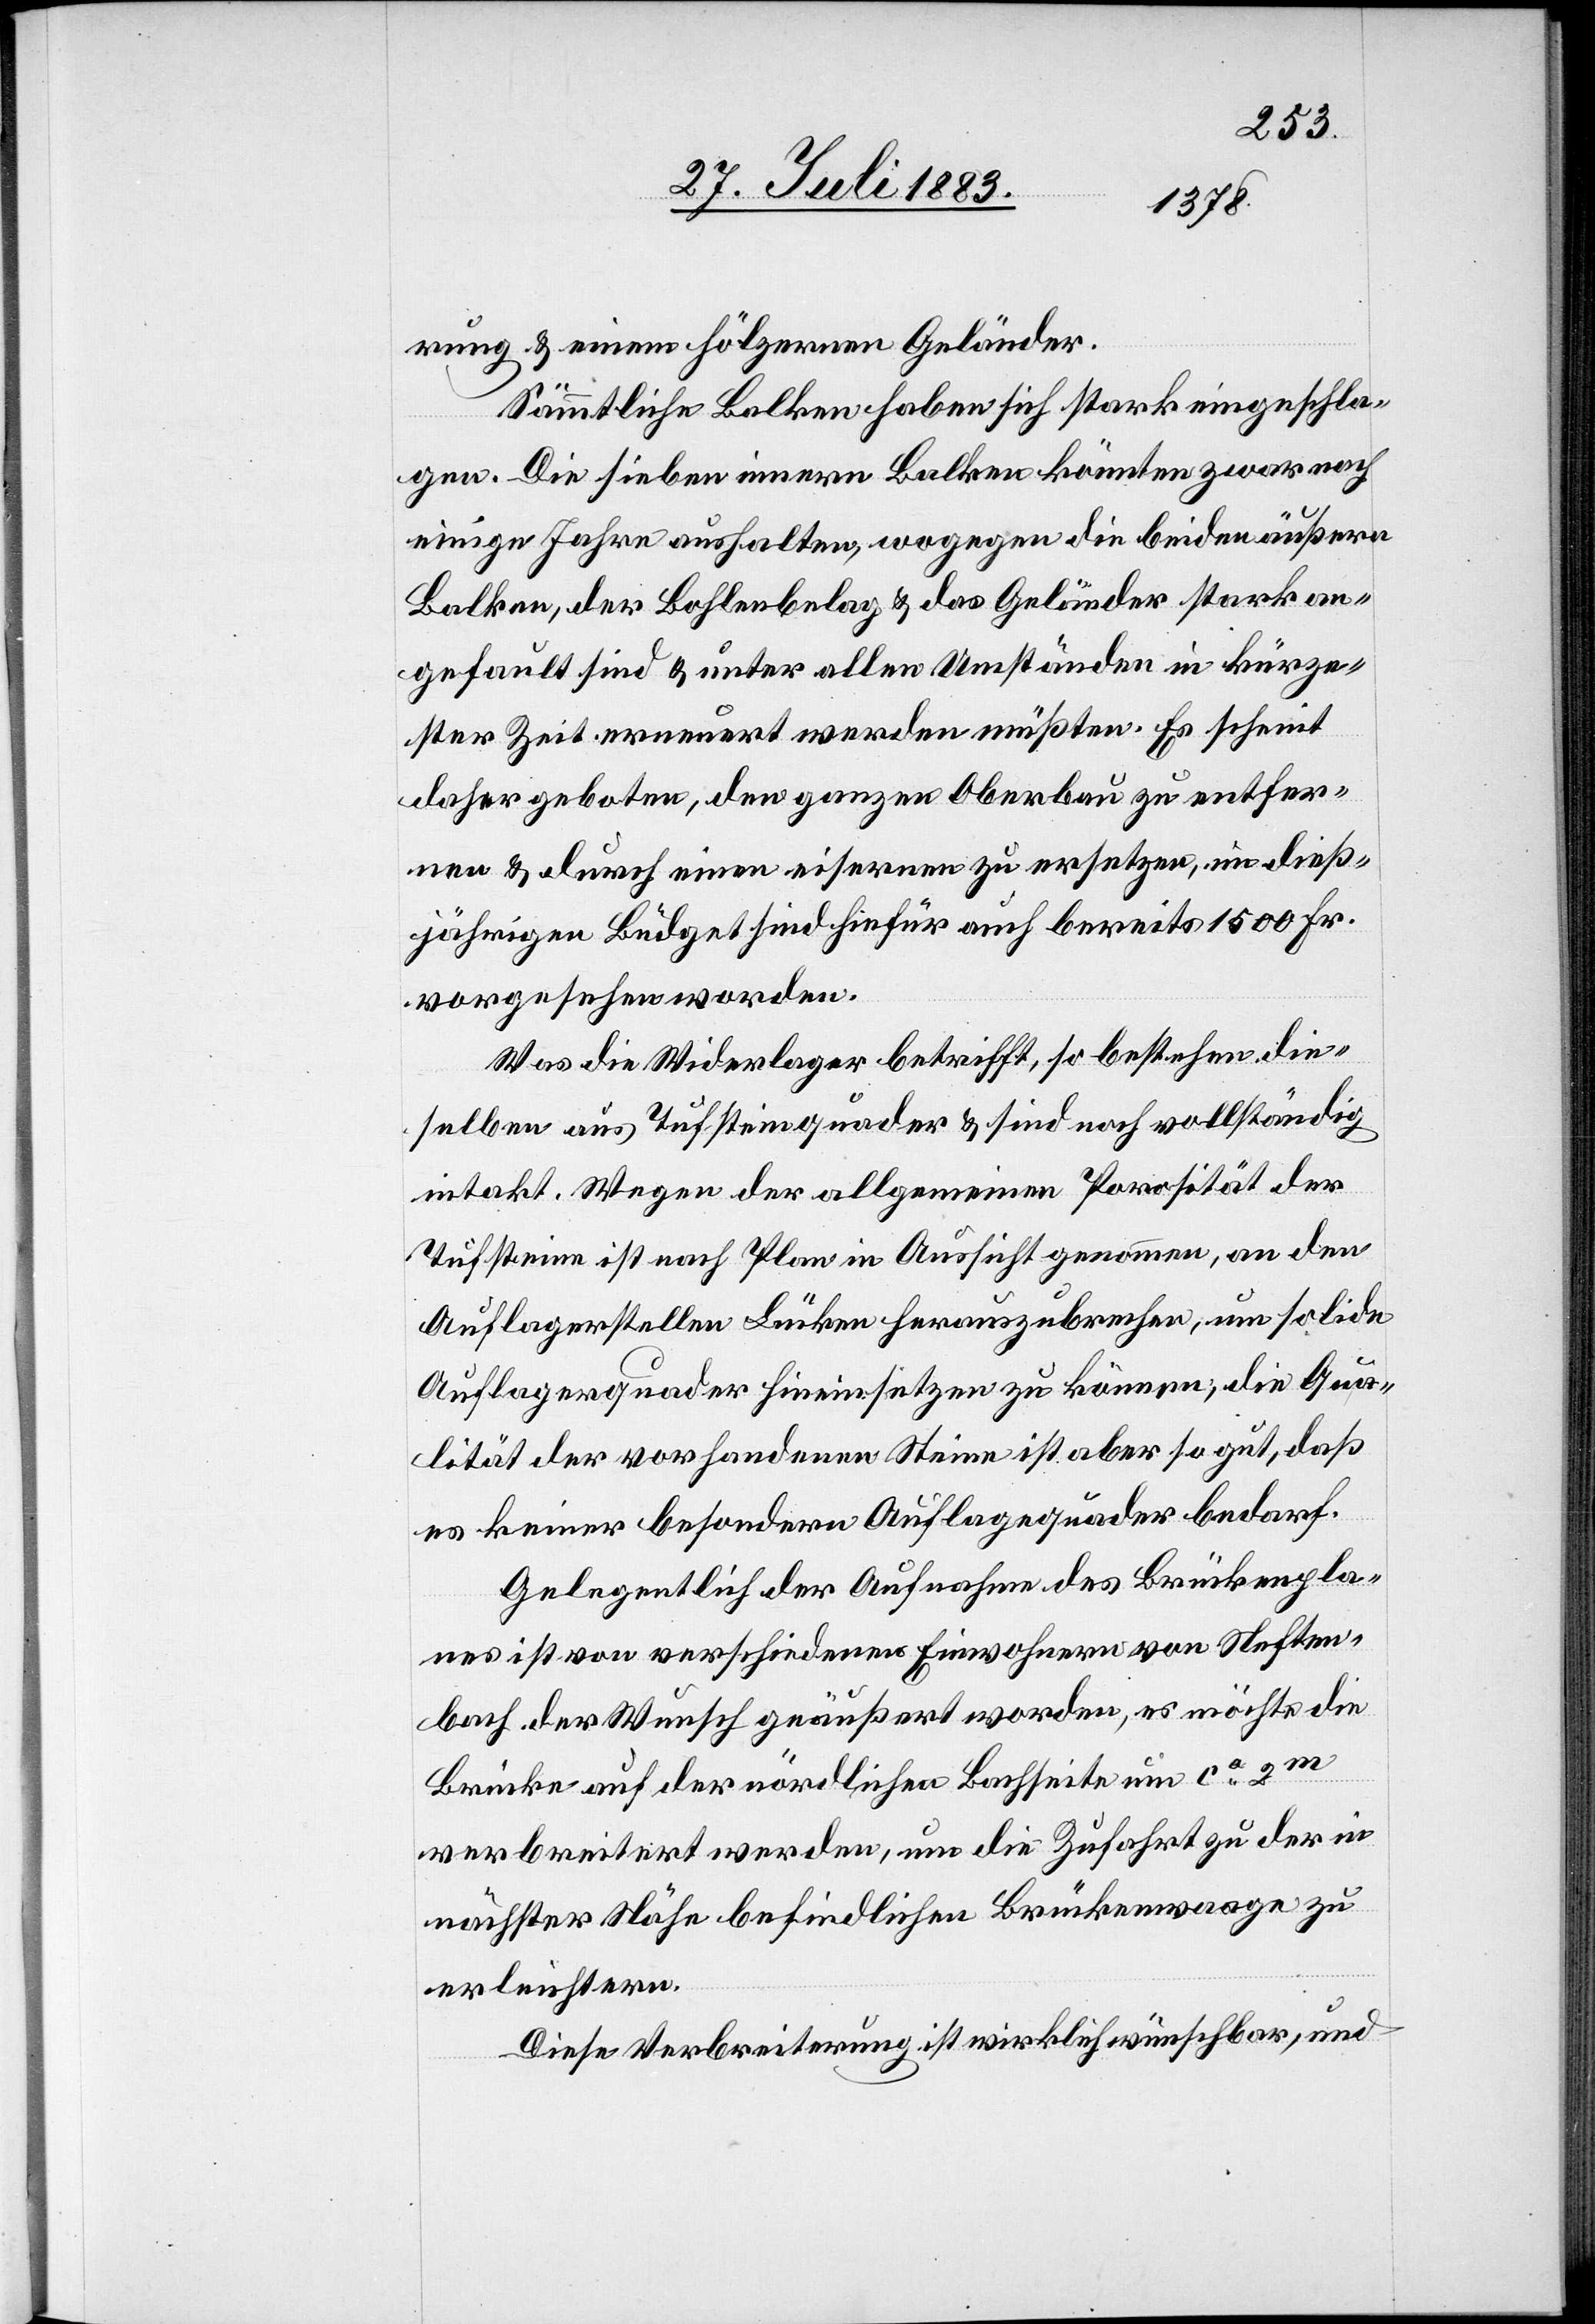
rung & einem hölzernen Geländer.
Sämmtliche Balken haben sich stark eingeschla¬
gen. Die sieben innern Balken könnten zwar noch
einige Jahre aushalten, wogegen die beiden äußern
Balken, der Bohlenbelag & das Geländer stark an¬
gefault sind & unter allen Umständen in kürze¬
ster Zeit erneuert werden müßten. Es scheint
daher geboten, den ganzen Oberbau zu entfer¬
nen & durch einen eisernen zu ersetzen, im dieß¬
jährigen Büdget sind hiefür auch bereits 1500 Fr.
vorgesehen worden.
Was die Widerlager betrifft, so bestehen die¬
selben aus Tufsteinquader & sind noch vollständig
intakt. Wegen der allgemeinen Porosität der
Tufsteine ist nach Plan in Aussicht genommen, an den
Auflagerstellen Lücken herauszubrechen, um solide
Auflagerquader hineinsetzen zu können; die Qua¬
lität der vorhandenen Steine ist aber so gut, daß
es keiner besondern Auflagequader [sic!] bedarf.
Gelegentlich der Aufnahme des Brückenpla¬
nes ist von verschiedenen Einwohnern von Neften¬
bach der Wunsch geäußert worden, es möchte die
Brücke auf der nördlichen Bachseite um ca 2m
verbreitert werden, um die Zufahrt zu der in
nächster Nähe befindlichen Brückenwaage zu
erleichtern.
Diese Verbreiterung ist wirklich wünschbar, und